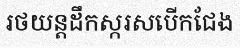
រថយន្តដឹកស្ករសបើកជែង